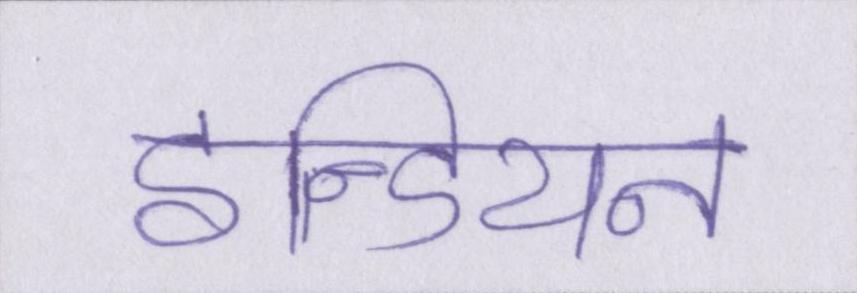
इन्डियन